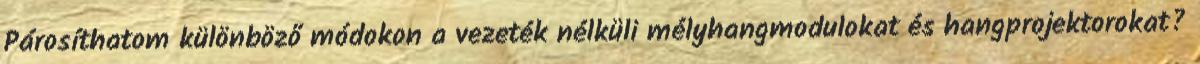
Párosíthatom különböző módokon a vezeték nélküli mélyhangmodulokat és hangprojektorokat?